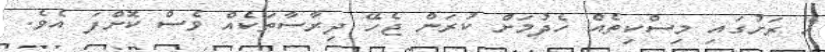
އެ ރަށުގައި މިސްކިތެއް ހެދުމަށް ކުރަން ޖެހޭ ދިރާސާތަކެއް ވެސް ކޮށްފަ އެވެ.